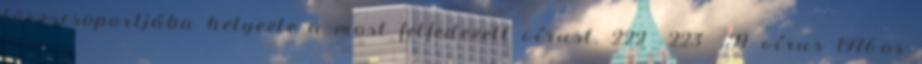
törzscsoportjába helyezte a most felfedezett vírust. 222 223 A vírus 1976-os